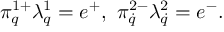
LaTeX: \pi _ { q } ^ { 1 + } \lambda _ { q } ^ { 1 } = e ^ { + } , \ \pi _ { \dot { q } } ^ { 2 - } \lambda _ { \dot { q } } ^ { 2 } = e ^ { - } .